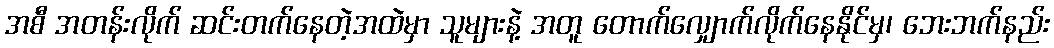
အစီ အတန်းလိုက် ဆင်းတက်နေတဲ့အထဲမှာ သူများနဲ့ အတူ တောက်လျှောက်လိုက်နေနိုင်မှ၊ ဘေးဘက်နည်း